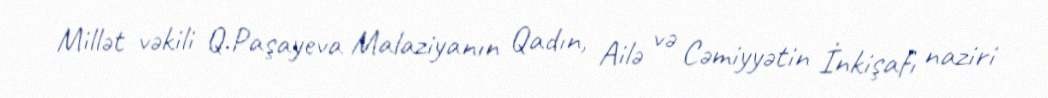
Millət vəkili Q.Paşayeva Malaziyanın Qadın, Ailə və Cəmiyyətin İnkişafı naziri